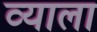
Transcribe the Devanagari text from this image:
व्याला